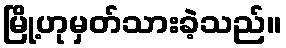
မြို့ဟုမှတ်သားခဲ့သည်။